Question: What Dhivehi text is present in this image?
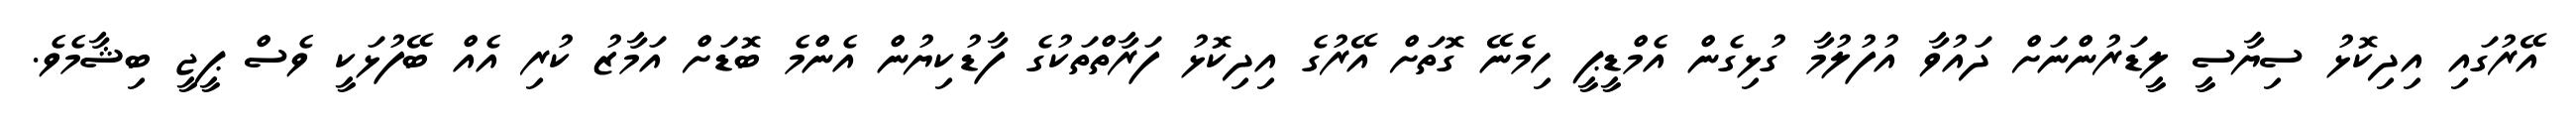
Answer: އޭރުގައި އިދިކޮޅު ސިޔާސީ ލީޑަރުންނަށް ދައުވާ އުފުލުމާ ގުޅިގެން އެމްޑީޕީ ހިމެނޭ ގޮތަށް އޭރުގެ އިދިކޮޅު ފަރާތްތަކުގެ ފާޑުކިޔުން އެންމެ ބޮޑަށް އަމާޒު ކުރި އެއް ބޭފުޅަކީ ވެސް ޕީޖީ ބިޝާމެވެ.